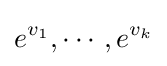
e^{v_{1}},\cdots ,e^{v_{k}}